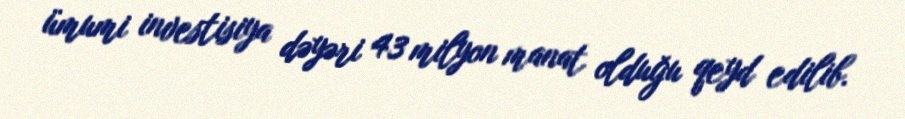
ümumi investisiya dəyəri 43 milyon manat olduğu qeyd edilib.